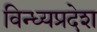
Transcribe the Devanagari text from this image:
विन्ध्यप्रदेश